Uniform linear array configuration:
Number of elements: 16
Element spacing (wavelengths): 1
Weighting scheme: cosine
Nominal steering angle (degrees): -15
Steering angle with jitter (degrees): -16.361
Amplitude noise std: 0.05
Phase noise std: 0.05

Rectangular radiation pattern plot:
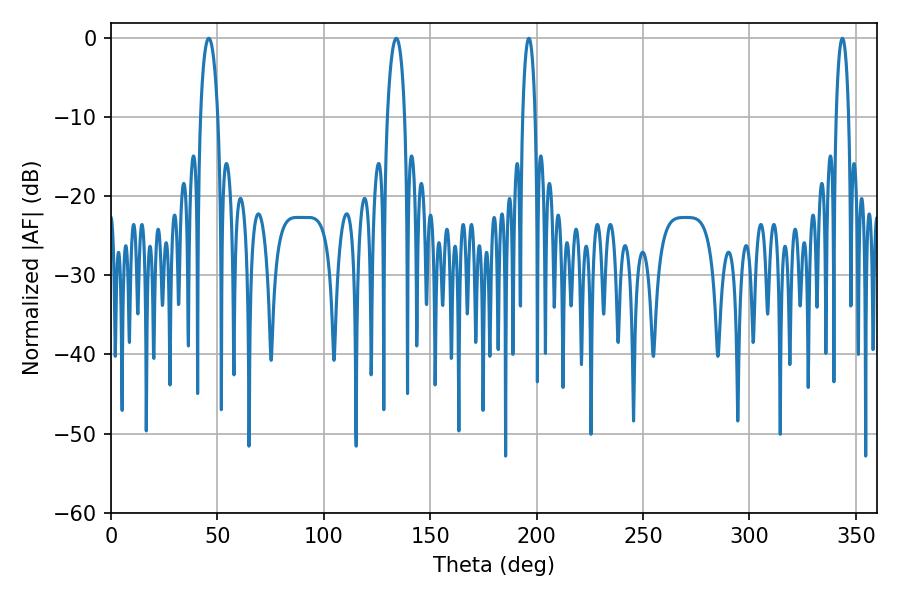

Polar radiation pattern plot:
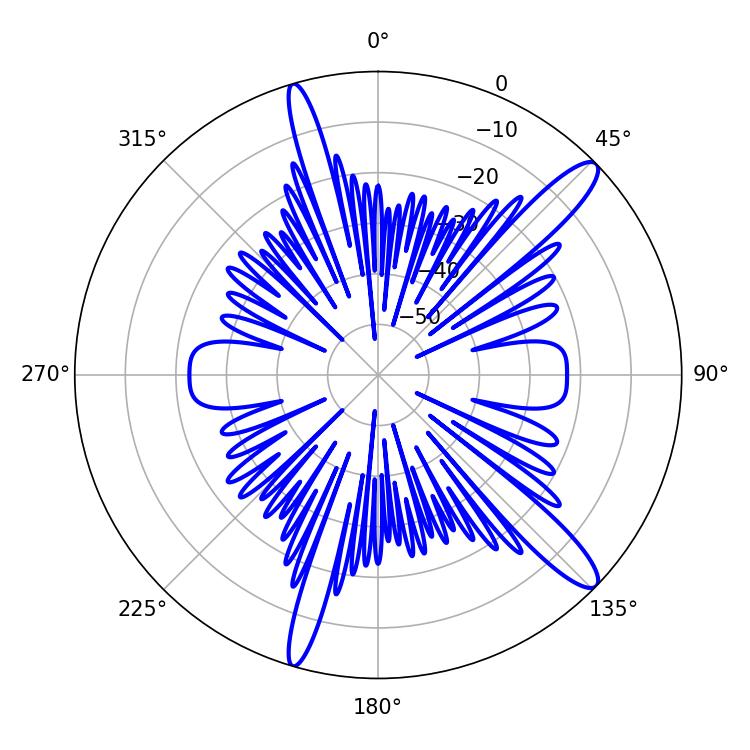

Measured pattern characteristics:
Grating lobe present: TRUE
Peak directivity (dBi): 13.376
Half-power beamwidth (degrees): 4.5
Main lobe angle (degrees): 45.9